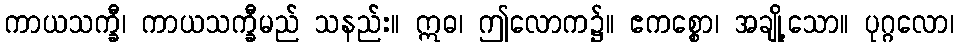
ကာယသက္ခီ၊ ကာယသက္ခီမည် သနည်း။ ဣဓ၊ ဤလောက၌။ ဧကစ္စော၊ အချို့သော။ ပုဂ္ဂလော၊